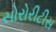
સોરોરીટીસ